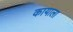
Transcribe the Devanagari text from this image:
कायाला